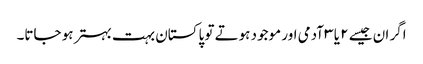
اگر ان جیسے ۲ یا ۳ آدمی اور موجود ہوتے تو پاکستان بہت بہتر ہو جاتا۔